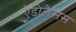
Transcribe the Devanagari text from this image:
ऐडोलेसेंस